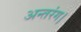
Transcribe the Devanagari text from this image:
अन्तरंग।